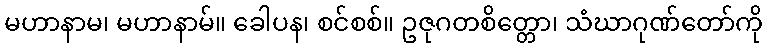
မဟာနာမ၊ မဟာနာမ်။ ခေါပန၊ စင်စစ်။ ဥဇုဂတစိတ္တော၊ သံဃာဂုဏ်တော်ကို